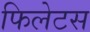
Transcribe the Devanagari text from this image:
फिलेटस